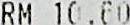
RM 10.60